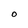
Character: O